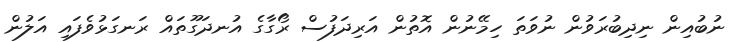
ނުބުއިން ނިދިބުރަވުން ނުވަތަ ހިމޭނުން އޮތުން އަރިދަފުސް ރޯގާގެ އުނދަގޫތައް ރަނގަޅުވެފައި އަލުން